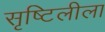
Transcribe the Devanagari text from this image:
सृष्टिलीला